Sanitation, dispensaries and jails vaccination Rajputana 1922-1927 - 1922-1927
Year: 1922
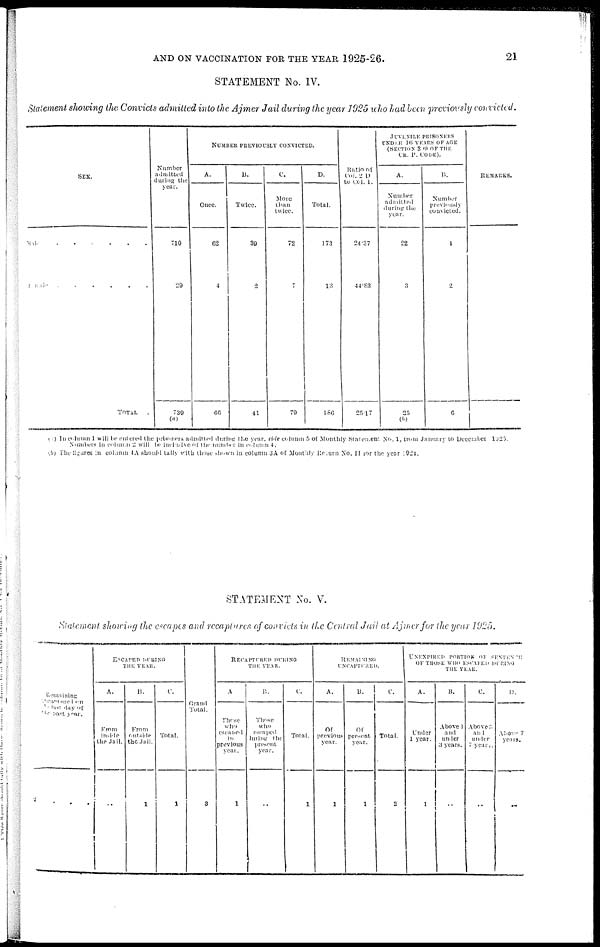
AND ON VACCINATION FOR THE YEAR 1925-26.
21
STATEMENT No. IV.
Statement showing the Convicts admitted into the Ajmer Jail during the year 1925 who had been previously convicted.
SEX.
Male
......
Female
......
TOTAL .
Number
admitted
during the
year.
710
29
739
(a)
NUMBER PREVIOUSLY CONVICTED.
A.
Once.
62
4
66
B.
Twice.
39
2
41
C.
More
than
twice.
72
7
79
D.
Total.
173
13
186
Ratio of
Col. 2 D
to Col. 1.
24.37
44.83
25.17
JUVENILE PRISONERS
UNDER 16 YEARS OF AGE
(SECTION 399 OF THE
CR. P. CODE).
A.
Number
admitted
during the
year.
22
3
25
(b)
B.
Number
previously
convicted.
4
2
6
REMARKS.
(a) In column 1 will be entered the prisoners admitted during the year, vide column 5 of Monthly Statement No. 1, from January to December 1925.
Numbers in column 2 will be inclusive of the number in column 4.
(b) The figures in column 1A should tally with those shown in column 3A of Monthly Return No. II for the year 1924.
STATEMENT No. V.
Statement showing the escapes and recaptures of convicts in the Central Jail at Ajmer for the year 1925.
Remaining
recaptured on
by last day of
the past year.
2 ...
ESCAPED DURING
THE YEAR.
A.
From
inside
the Jail.
..
B.
From
outside
the Jail.
1
C.
Total.
1
Grand
Total.
3
RECAPTURED DURING
THE YEAR.
A
Those
who
escaped
in
previous
year.
1
B.
Those
who
escaped
during the
present
year.
..
C.
Total.
1
REMAINING
UNCAPTURED.
A.
Of
previous
year.
1
B.
Of
present
year.
1
C.
Total.
2
UNEXPIRED PORTION OF SENTENCE
OF THOSE WHO ESCAPED DURING
THE YEAR.
A.
Under
1 year.
1
B.
Above 1
and
under
3 years.
..
C.
Above 3
and
under
7 years.
..
D.
Above 7
years.
..